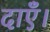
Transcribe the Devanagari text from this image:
दाएँ।